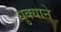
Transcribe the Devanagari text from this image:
धुक्याने